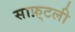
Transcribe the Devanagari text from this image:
साफ़्टली